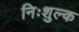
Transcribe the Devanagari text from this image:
निःशुल्‍क